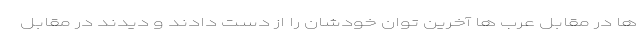
ها در مقابل عرب ها آخرین توان خودشان را از دست دادند و دیدند در مقابل